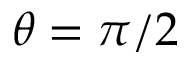
\theta = \pi / 2